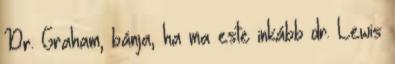
Dr. Graham, bánja, ha ma este inkább dr. Lewis